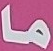
ما